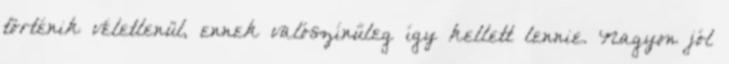
történik véletlenül, ennek valószínűleg így kellett lennie. Nagyon jól